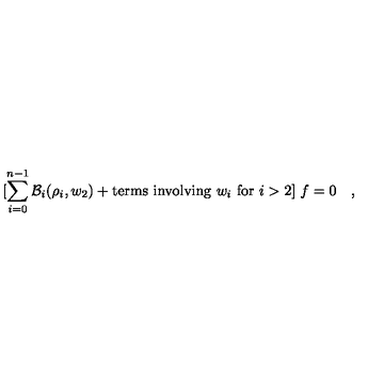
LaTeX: [ \sum _ { i = 0 } ^ { n - 1 } { \cal B } _ { i } ( \rho _ { i } , w _ { 2 } ) + \mathrm { t e r m s \ i n v o l v i n g \ } w _ { i } \mathrm { \ f o r \ } i > 2 ] \ f = 0 \quad ,